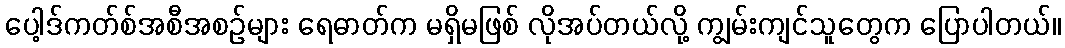
ပေါ့ဒ်ကတ်စ်အစီအစဉ်များ ရေဓာတ်က မရှိမဖြစ် လိုအပ်တယ်လို့ ကျွမ်းကျင်သူတွေက ပြောပါတယ်။